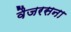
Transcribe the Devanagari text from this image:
वैजरसना